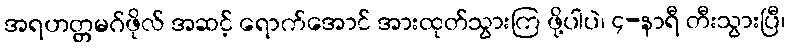
အရဟတ္တမဂ်ဖိုလ် အဆင့် ရောက်အောင် အားထုတ်သွားကြ ဖို့ပါပဲ၊ ၄-နာရီ တီးသွားပြီ၊